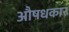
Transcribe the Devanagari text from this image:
औषधकार